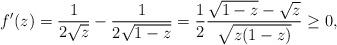
LaTeX: \begin{align*}f'(z) = \frac{1}{2 \sqrt{z}} - \frac{1}{2 \sqrt{1 -z} } = \frac{1}{2} \frac{\sqrt{1 - z} - \sqrt{z}} {\sqrt{z(1-z)}} \geq 0,\end{align*}